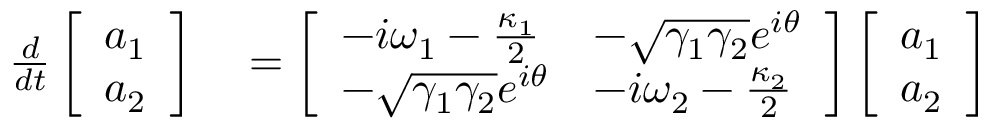
\begin{array} { r l } { \frac { d } { d t } \left[ \begin{array} { l } { a _ { 1 } } \\ { a _ { 2 } } \end{array} \right] } & { { } = \left[ \begin{array} { l l } { - i \omega _ { 1 } - \frac { \kappa _ { 1 } } { 2 } } & { - \sqrt { \gamma _ { 1 } \gamma _ { 2 } } e ^ { i \theta } } \\ { - \sqrt { \gamma _ { 1 } \gamma _ { 2 } } e ^ { i \theta } } & { - i \omega _ { 2 } - \frac { \kappa _ { 2 } } { 2 } } \end{array} \right] \left[ \begin{array} { l } { a _ { 1 } } \\ { a _ { 2 } } \end{array} \right] } \end{array}